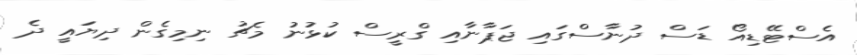
އެސްޓޭޑިއޯ ޑަސް ދުނާސްގައި ޖަޕާނާއި ގްރީސް ކުޅުނު މެޗު ނިމިގެން ދިޔައީ ދެ